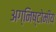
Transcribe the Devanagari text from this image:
अग्निष्टोमीय